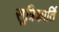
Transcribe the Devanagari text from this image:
सूत्रिकार्ति